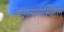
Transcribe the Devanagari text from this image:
स्वात्मसंस्थितम्